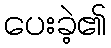
ပေးခဲ့၏